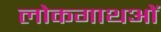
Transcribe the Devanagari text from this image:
लोकगाथओं